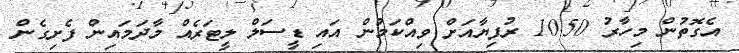
އެގޮތުން މިހާރު 10.50 ރުފިޔާއަށް ވިއްކަމުން އައި ޑީސަލް ލީޓަރެއް މާދަމައިން ފެށިގެން